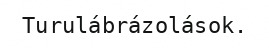
Turulábrázolások.